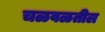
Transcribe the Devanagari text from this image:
चळवळतील